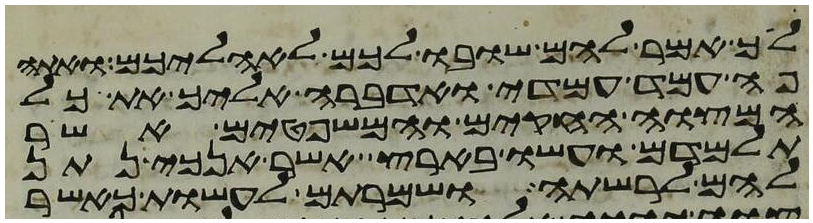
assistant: לך אמר להם שובו לכם לאהליכם ואתה
פה עמד עמדי ואדברה אליך את כל
המצוה החקים והמשפטים אשר
תלמדם ועשו בארץ אשר אנכי נתן
להם לרשתה ושמרתם לעשות כאשר